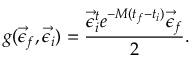
g ( \vec { \epsilon } _ { f } , \vec { \epsilon } _ { i } ) = \frac { \vec { \epsilon } _ { i } ^ { t } e ^ { - M ( t _ { f } - t _ { i } ) } \vec { \epsilon } _ { f } } { 2 } .